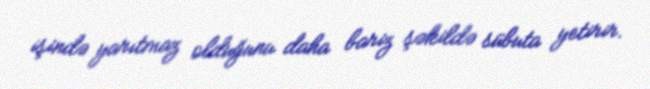
işində yarıtmaz olduğunu daha bariz şəkildə sübuta yetirir.